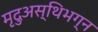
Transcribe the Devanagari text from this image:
मृदुअस्थिभग्न